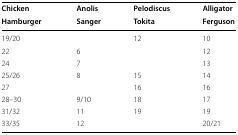
| Chicken | Anolis | Pelodiscus | Alligator |
 | Hamburger | Sanger | Tokita | Ferguson |
 | --- | --- | --- | --- |
 | 19/20 |  | 12 | 10 |
 | 22 | 6 |  | 12 |
 | 24 | 7 |  | 13 |
 | 25/26 | 8 | 15 | 14 |
 | 27 |  | 16 | 16 |
 | 28–30 | 9/10 | 18 | 17 |
 | 31/32 | 11 | 19 | 19 |
 | 33/35 | 12 |  | 20/21 |